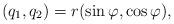
LaTeX: \begin{align*}(q_1,q_2)=r(\sin\varphi,\cos\varphi),\end{align*}